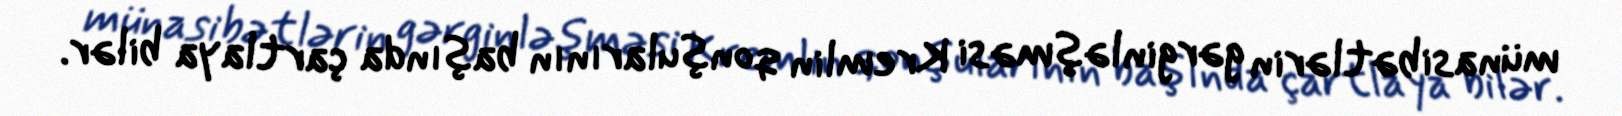
münasibətlərin gərginləşməsi Kremlin qonşularının başında çartlaya bilər.